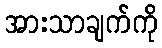
အားသာချက်ကို